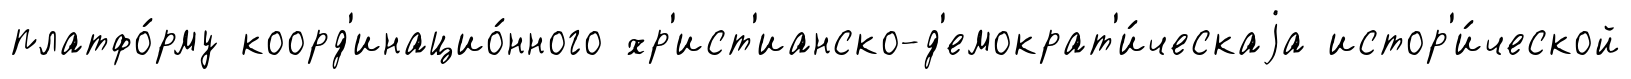
платфо́рму коорд'инацио́нного хр'ист'ианско-д'емократ'и́ческаjа истор'и́ческой